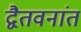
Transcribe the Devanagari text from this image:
द्वैतवनांत